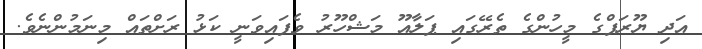
އަދި ޔޫރަޕްގެ މީހުންގެ ތެރޭގައި ޕަލާއޫ މަޝްހޫރު ވެފައިވަނީ ކަޅު ރަށްތައް މިނަމުންނެވެ.